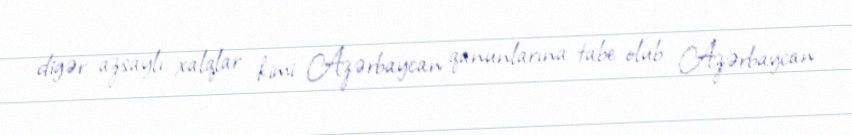
digər azsaylı xalqlar kimi Azərbaycan qanunlarına tabe olub Azərbaycan